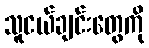
သူငယ်ချင်းတွေကို